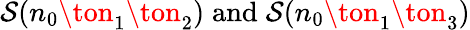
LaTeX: \mathcal{S}(n_{0}\ton_{1}\ton_{2})\; \mathrm{{and}}\; \mathcal{S}(n_{0}\ton_{1}\ton_{3})